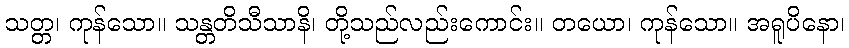
သတ္တ၊ ကုန်သော။ သန္တတိသီသာနိ၊ တို့သည်လည်းကောင်း။ တယော၊ ကုန်သော။ အရူပိနော၊